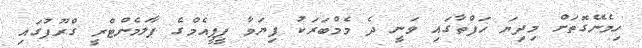
ހިމެނޭގޮތަށް މިދިޔަ ހަފްތާގައި ވަނީ ދެ މެމްބަރަކު ފިޔަވާ ޕީޕީއެމްގެ ޕާލަމެންޓްރީ ގްރޫޕުގައި